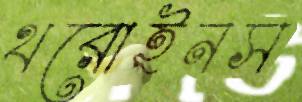
থরোইনস